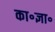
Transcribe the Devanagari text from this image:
का॰ज्ञा॰